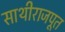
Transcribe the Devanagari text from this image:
साथीराजपूत